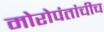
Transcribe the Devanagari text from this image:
मोरोपंतांचीच